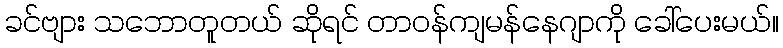
ခင်ဗျား သဘောတူတယ် ဆိုရင် တာဝန်ကျမန်နေဂျာကို ခေါ်ပေးမယ်။